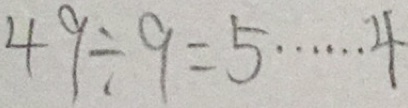
4 9 \div 9 = 5 \cdots 4